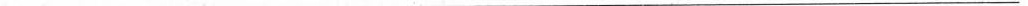
___